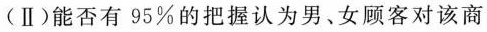
(Ⅱ)能否有95%的把握认为男、女顾客对该商